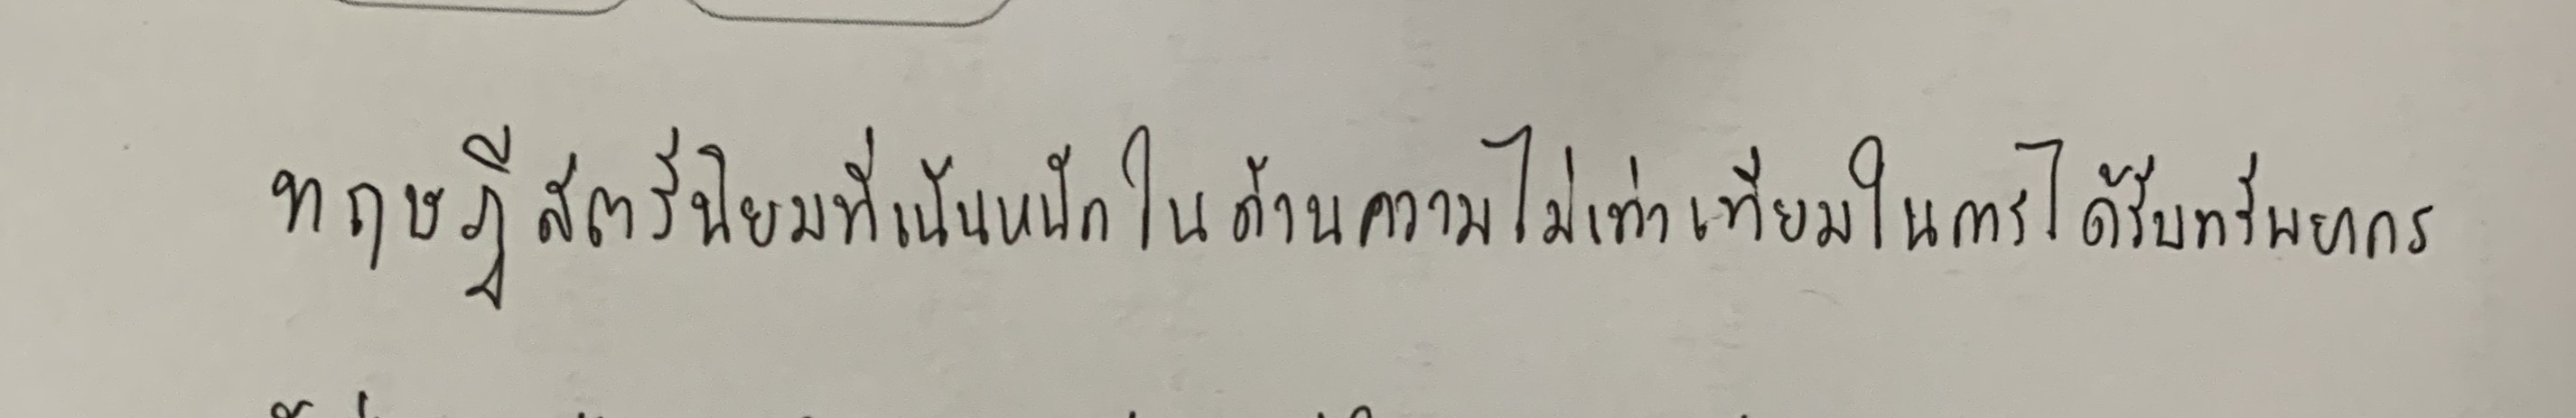
ทฤษฎีสตรีนิยมที่เน้นหนักในด้านความไม่เท่าเทียมในการได้รับทรัพยากร